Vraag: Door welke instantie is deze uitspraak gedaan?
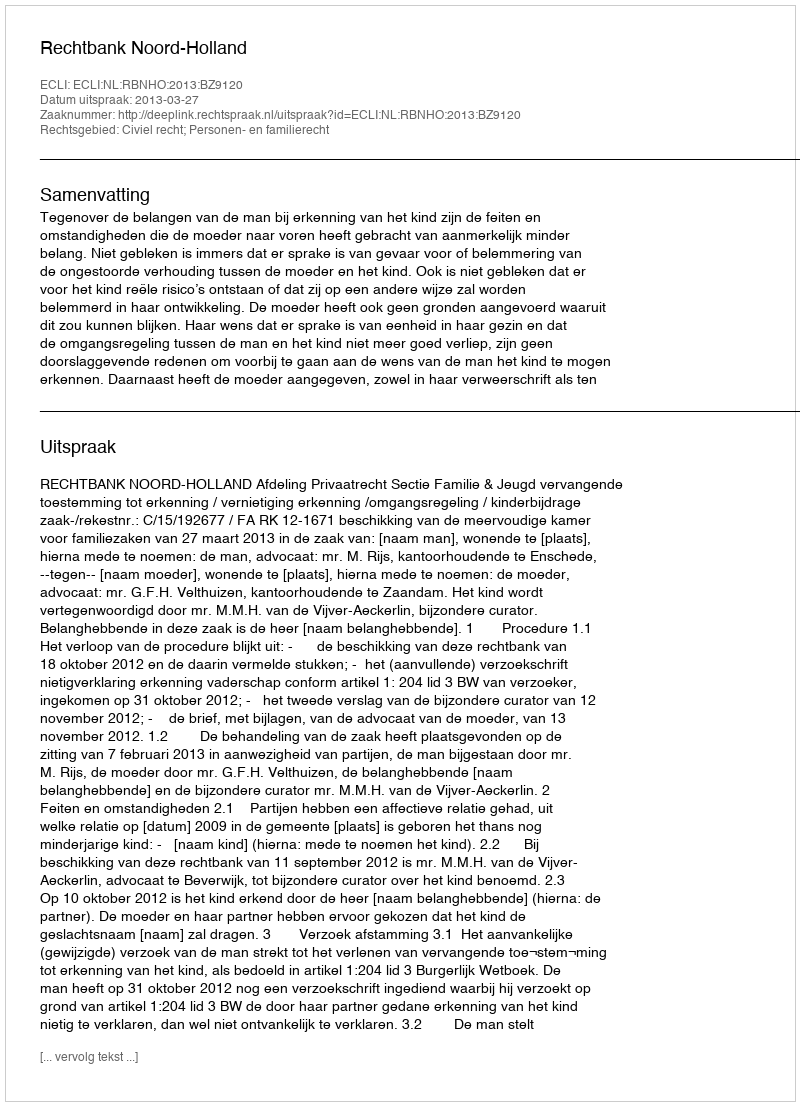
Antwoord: Rechtbank Noord-Holland